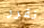
نقرر